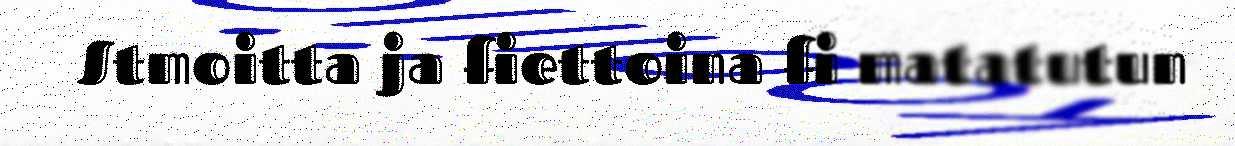
Stmoitta ja fiettoina fi matatutun